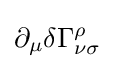
\partial _{\mu }\delta \Gamma _{\nu \sigma }^{\rho }